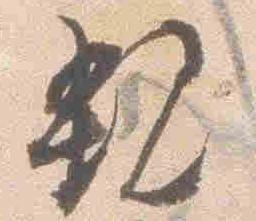
親